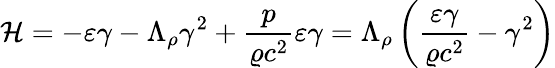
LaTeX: \mathcal{H}=-\varepsilon\gamma-\Lambda_{\rho}\gamma^{2}+\frac{p}{\varrho c^{2}}\varepsilon\gamma=\Lambda_{\rho}\left(\frac{\varepsilon\gamma}{\varrho c^{2}}-\gamma^{2}\right)